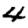
Digit: 4